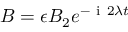
B = \epsilon B _ { 2 } e ^ { - \mathrm { ~ i ~ } 2 \lambda t }